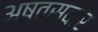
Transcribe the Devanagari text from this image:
अष्वसवार